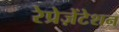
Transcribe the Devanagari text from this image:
रेप्रेज़ेंटेशन